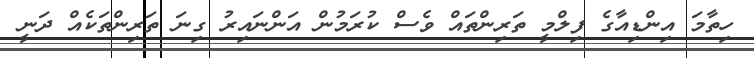
ހިތާމަ އިންޑިއާގެ ފިލްމީ ތަރިންތައް ވެސް ކުރަމުން އަންނައިރު ގިނަ ތަރިންތަކެއް ދަނީ